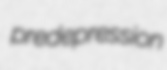
predepression